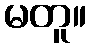
မတူ။